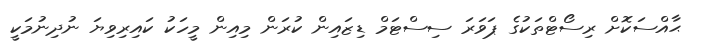
ޙާއްސަކޮށް ރިސޯޓްތަކުގެ ޕަވަރަ ސިސްޓަމް ޑިޒައިން ކުރަން މިއިން މީހަކު ކައިރިވިޔަ ނުދިނުމަކީ